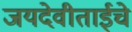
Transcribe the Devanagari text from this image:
जयदेवीताईचे